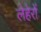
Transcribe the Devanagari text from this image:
लेहेरों